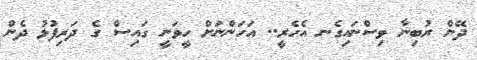
ދޭން ރުބިނާ ވިސްނައިގެނ އެހެރީ.. އަހަންނަށް ހީވަނީ ގައިސް ގެ ދަރިފުޅު ދެން